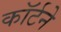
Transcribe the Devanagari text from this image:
कॉर्टने